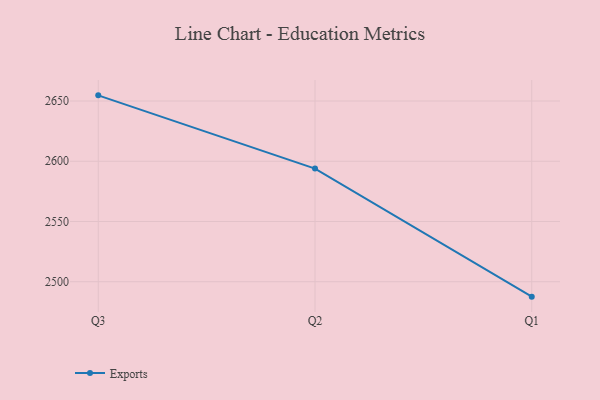
{"axis": {"x": "Quarter", "y": "Shipments"}, "legend": ["Exports"], "data": [{"x": "Q3", "y": 2654.7, "type": "Exports"}, {"x": "Q2", "y": 2593.9, "type": "Exports"}, {"x": "Q1", "y": 2487.6, "type": "Exports"}]}